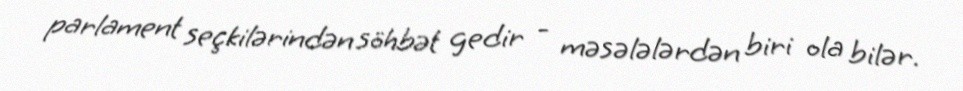
parlament seçkilərindən söhbət gedir - məsələlərdən biri ola bilər.